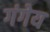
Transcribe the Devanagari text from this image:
गंगेय